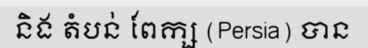
និង តំបន់ ពែក្ស (Persia) បាន